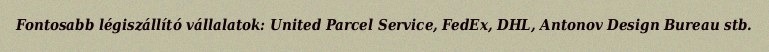
Fontosabb légiszállító vállalatok: United Parcel Service, FedEx, DHL, Antonov Design Bureau stb.